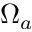
\Omega _ { a }